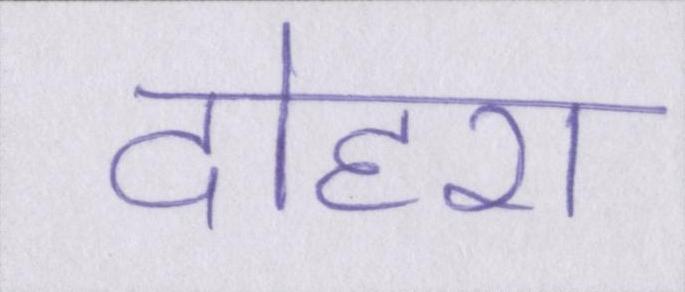
दोहरा